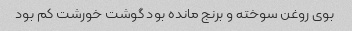
بوی روغن سوخته و برنج مانده بود گوشت خورشت کم بود